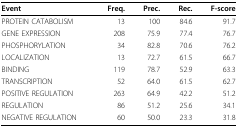
<table><thead><tr><td><b>Event</b></td><td><b>Freq.</b></td><td><b>Prec.</b></td><td><b>Rec.</b></td><td><b>F-score</b></td></tr></thead><tbody><tr><td>PROTEIN CATABOLISM</td><td>13</td><td>100</td><td>84.6</td><td>91.7</td></tr><tr><td>GENE EXPRESSION</td><td>208</td><td>75.9</td><td>77.4</td><td>76.7</td></tr><tr><td>PHOSPHORYLATION</td><td>34</td><td>82.8</td><td>70.6</td><td>76.2</td></tr><tr><td>LOCALIZATION</td><td>13</td><td>72.7</td><td>61.5</td><td>66.7</td></tr><tr><td>BINDING</td><td>119</td><td>78.7</td><td>52.9</td><td>63.3</td></tr><tr><td>TRANSCRIPTION</td><td>52</td><td>64.0</td><td>61.5</td><td>62.7</td></tr><tr><td>POSITIVE REGULATION</td><td>263</td><td>64.9</td><td>42.2</td><td>51.2</td></tr><tr><td>REGULATION</td><td>86</td><td>51.2</td><td>25.6</td><td>34.1</td></tr><tr><td>NEGATIVE REGULATION</td><td>60</td><td>50.0</td><td>23.3</td><td>31.8</td></tr></tbody></table>